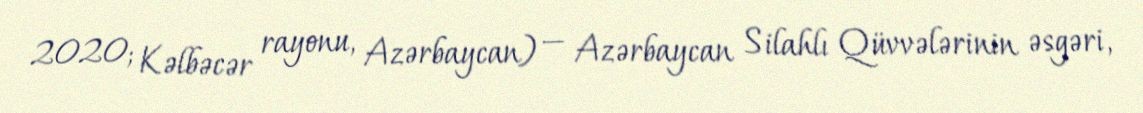
2020; Kəlbəcər rayonu, Azərbaycan) — Azərbaycan Silahlı Qüvvələrinin əsgəri,